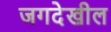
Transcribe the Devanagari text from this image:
जगदेखील